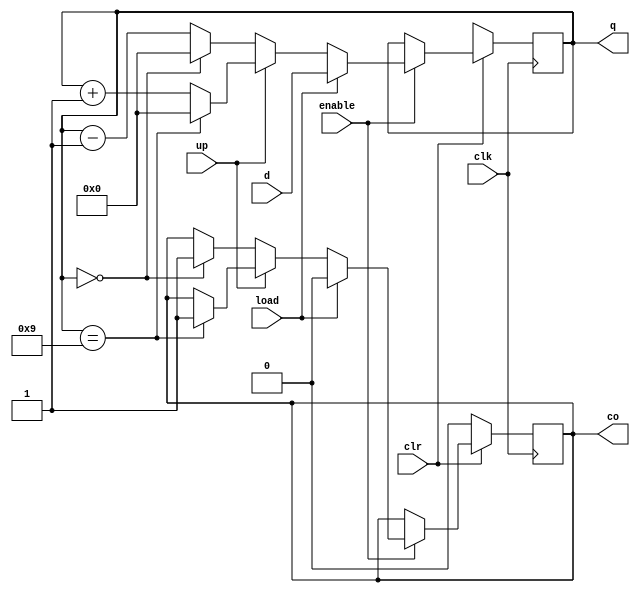
/*
 * Sequential Circuit for lab 0, part 1
 */

module seq_circuit(
	input clk,
	input enable, 
	input load, 
	input up, 
	input clr, 
	input [3:0] d, 
	output [3:0] q, 
	output co
);
	reg[3:0] counter;
	reg carry;

	always @(posedge clk) begin
		if(clr == 1'b0) begin
			counter = 4'hx;
			carry = 1'b0;
		end else if(enable == 1'b1) begin
			if(load == 1'b1) begin
				counter = d;
				carry = 1'b0;
			end else if(up == 1'b1) begin
				if(q == 4'b1001) begin
					counter = 4'b0000;
					carry = 1'b1;
				end else begin
					counter = q + 1;
				end // q ==4'b0101
			end else begin 
				if(q == 4'b0000) begin
					counter = 4'b0000;
					carry = 1'b1;
				end else begin
					counter = q - 1;
				end // q ==4'b0101
			end
		end else begin
			counter <= q;
			carry <= co;
		end
	end

	assign q = counter;
	assign co = carry;

endmodule // seq_circuit